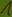
Text: 1